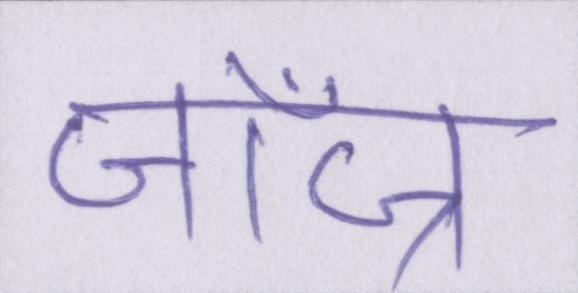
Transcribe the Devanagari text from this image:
जॉज्र